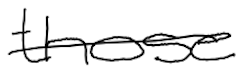
Text: those
Cross-out: single-line
Writing tool: digital_black